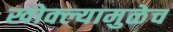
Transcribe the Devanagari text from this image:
खोक्ल्यामुळेच